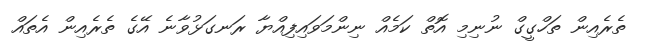
ތެރެއިން ތަހްގީގް ނުނިމި އޮތް ކަމެއް ނިންމަވައިފިއްޔާ ރަނގަޅުވާނެ އޭގެ ތެރެއިން އެތައް